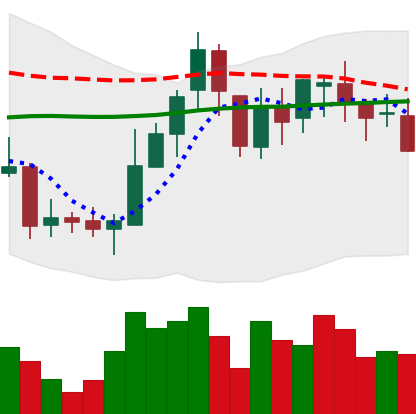
Ticker: BNB-USD
Chart end date: 2018-08-07
Forward return: -10.682%
Label: down_7plus